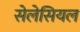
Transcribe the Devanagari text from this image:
सेलेसियल